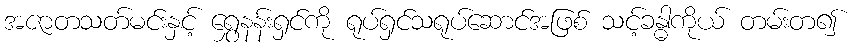
အဇာတသတ်မင်းနှင့် ရွှေနန်းရှင်ကို ရုပ်ရှင်သရုပ်ဆောင်အဖြစ် သင့်ခန္ဓါကိုယ် တမ်းတ၍